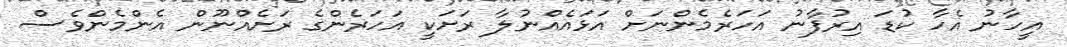
އީހާނު އެހާ ކުޑަ އިރުފާނު އަހަރެމެންނަށް އަޅައެއްނުލާ ރަށަކީ އަހަރެންގެ ރަށެއްނޫން އެންމެންވެސް